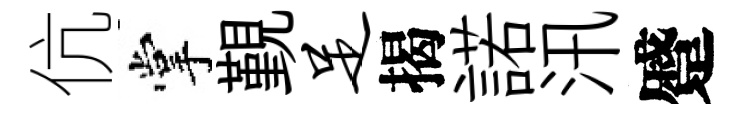
伉掌覲足揭諾汛蹙